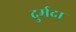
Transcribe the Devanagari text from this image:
दुर्मदा